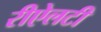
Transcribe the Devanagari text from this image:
रीऐलटी